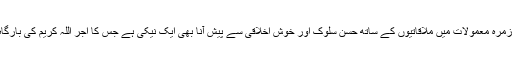
وہ اکثر کہا کرتے روزمرہ معمولات میں ملاقاتیوں کے ساتھ حسن سلوک اور خوش اخلاقی سے پیش آنا بھی ایک نیکی ہے جس کا اجر اللہ کریم کی بارگاہ سے ضرور ملتا ہے۔